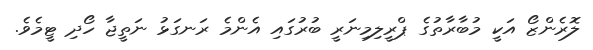
ލޮރެންޒޯ އަކީ މުބާރާތުގެ ޕްރީލިމިނަރީ ބުރުގައި އެންމެ ރަނގަޅު ނަތީޖާ ހޯދި ޓީމެވެ.